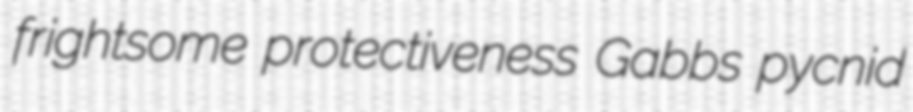
frightsome protectiveness Gabbs pycnid